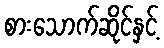
စားသောက်ဆိုင်နှင့်